Civil Veterinary Dept. Bombay admin report 1907-1913 - 1907-1913
Year: 1907
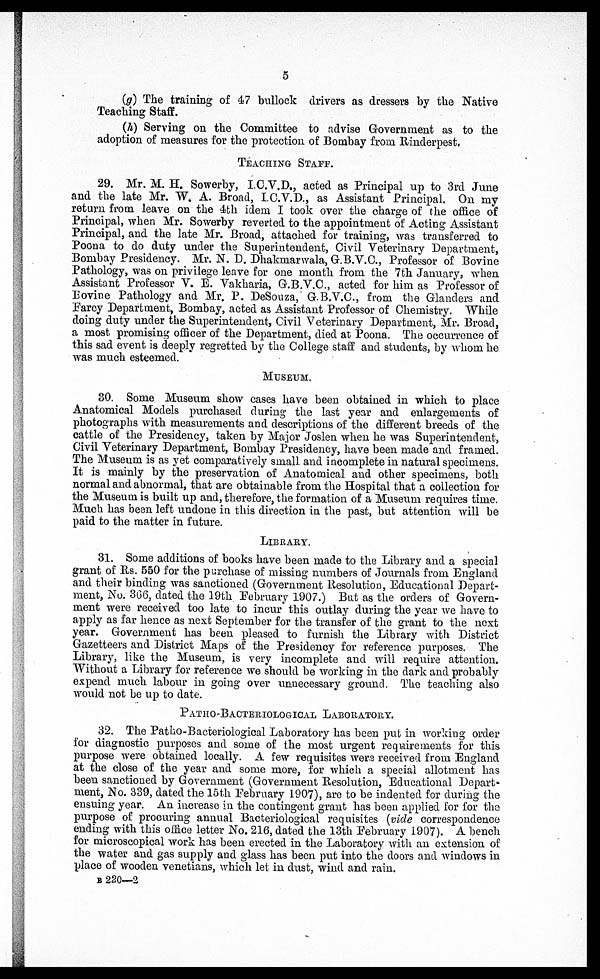
5
(g) The training of 47 bullock drivers as dressers by the Native
Teaching Staff.
(h) Serving on the Committee to advise Government as to the
adoption of measures for the protection of Bombay from Rinderpest.
TEACHING STAFF.
29. Mr. M. H. Sowerby, I.C.V.D., acted as Principal up to 3rd June
and the late Mr. W. A. Broad, I.C.V.D., as Assistant Principal. On my
return from leave on the 4th idem I took over the charge of the office of
Principal, when Mr. Sowerby reverted to the appointment of Acting Assistant
Principal, and the late Mr. Broad, attached for training, was transferred to
Poona to do duty under the Superintendent, Civil Veterinary Department,
Bombay Presidency. Mr. N. D. Dhakmarwala, G.B.V.C, Professor of Bovine
Pathology, was on privilege leave for one month from the 7th January, when
Assistant Professor V. E. Vakharia, G.B.V.C., acted for him as Professor of
Bovine Pathology and Mr. P. DeSouza, G.B.V.C., from the Glanders and
Farcy Department, Bombay, acted as Assistant Professor of Chemistry. While
doing duty under the Superintendent, Civil Veterinary Department, Mr. Broad,
a most promising officer of the Department, died at Poona. The occurrence of
this sad event is deeply regretted by the College staff and students, by whom he
was much esteemed.
MUSEUM.
80. Some Museum show cases have been obtained in which to place
Anatomical Models purchased during the last year and enlargements of
photographs with measurements and descriptions of the different breeds of the
cattle of the Presidency, taken by Major Joslen when he was Superintendent,
Civil Veterinary Department, Bombay Presidency, have been made and framed.
The Museum is as yet comparatively small and incomplete in natural specimens.
It is mainly by the preservation of Anatomical and other specimens, both
normal and abnormal, that are obtainable from the Hospital that a collection for
the Museum is built up and, therefore, the formation of a Museum requires time.
Much has been left undone in this direction in the past, but attention will be
paid to the matter in future.
LIBRARY.
31. Some additions of books have been made to the Library and a special
grant of Rs. 550 for the purchase of missing numbers of Journals from England
and their binding was sanctioned (Government Resolution, Educational Depart-
ment, No. 366, dated the 19th February 1907.) But as the orders of Govern-
ment were received too late to incur this outlay during the year we have to
apply as far hence as next September for the transfer of the grant to the next
year. Government has been pleased to furnish the Library with District
Gazetteers and District Maps of the Presidency for reference purposes. The
Library, like the Museum, is very incomplete and will require attention.
Without a Library for reference we should be working in the dark and probably
expend much labour in going over unnecessary ground. The teaching also
would not be up to date.
PATHO-BACTERIOLOGICAL LABROTORY.
32. The Patho-Bacteriological Laboratory has been put in working order
for diagnostic purposes and some of the most urgent requirements for this
purpose were obtained locally. A few requisites were received from England
at the close of the year and some more, for which a special allotment has
been sanctioned by Government (Government Resolution, Educational Depart-
ment, No. 339, dated the 15th February 1907), are to be indented for during the
ensuing year. An increase in the contingent grant has been applied for for the
purpose of procuring annual Bacteriological requisites (vide correspondence
ending with this office letter No. 216, dated the 13th February 1907). A bench
for microscopical work has been erected in the Laboratory with an extension of
the water and gas supply and glass has been put into the doors and windows in
place of wooden Venetians, which let in dust, wind and rain.
B 220—2